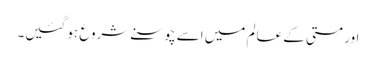
اور مستی کے عالم میں اسے چوسنے شروع ہو گئیں۔